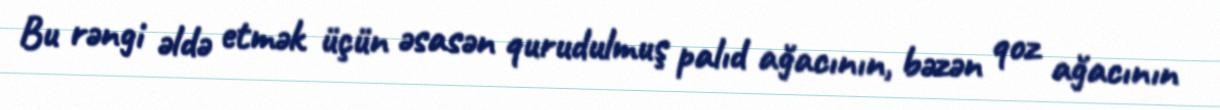
Bu rəngi əldə etmək üçün əsasən qurudulmuş palıd ağacının, bəzən qoz ağacının